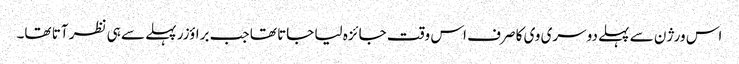
اس ورژن سے پہلے دوسری وی کا صرف اس وقت جائزہ لیا جاتا تھا جب براؤزر پہلے سے ہی نظر آتا تھا۔